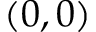
( 0 , 0 )